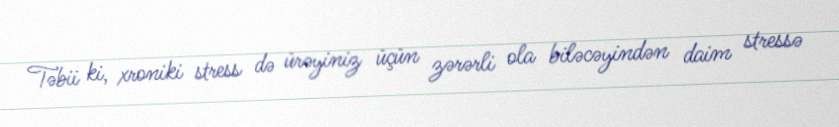
Təbii ki, xroniki stress də ürəyiniz üçün zərərli ola biləcəyindən daim stressə